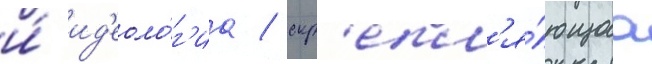
и́ ид'еоло́г'иа / скр'епл'я́ющаа